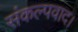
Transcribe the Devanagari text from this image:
संकल्पवाद।